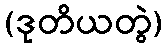
(ဒုတိယတွဲ)